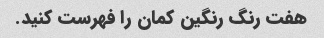
هفت رنگ رنگین کمان را فهرست کنید.